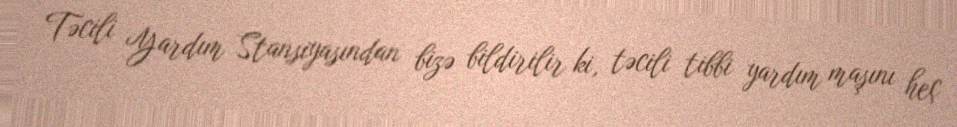
Təcili Yardım Stansiyasından bizə bildirilir ki, təcili tibbi yardım maşını heç